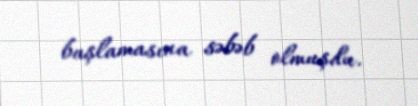
başlamasına səbəb olmuşdu.